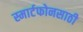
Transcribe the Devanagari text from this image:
स्मार्टफोनसाठी